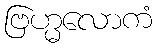
ဗြဟ္မလောကံ